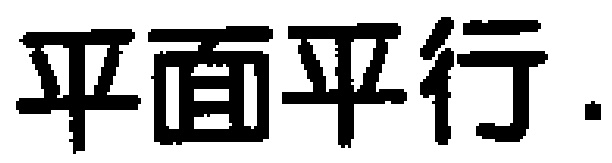
平面平行.